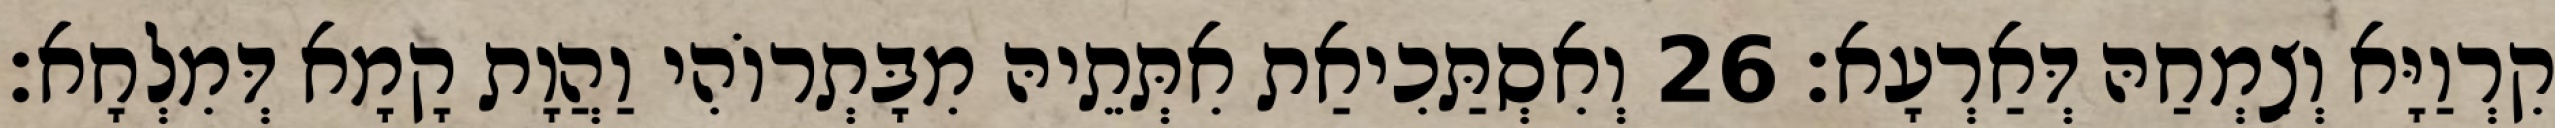
קִרְוַיָּא וְצִמְחַהּ דְּאַרְעָא׃ 26 וְאִסְתַּכִיאַת אִתְּתֵיהּ מִבָּתְרוֹהִי וַהֲוָת קָמָא דְּמִלְחָא׃